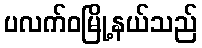
ပလက်ဝမြို့နယ်သည်